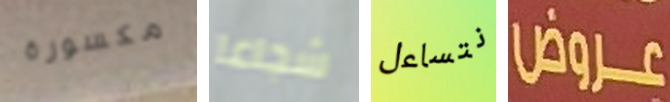
مكسورة شجاعا نتساءل عروض